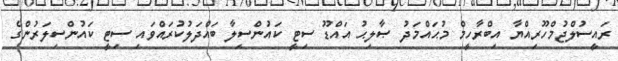
ރައީސުލްޖުމްހޫރިއްޔާ އިބްރާހީމް މުޙައްމަދު ޞާލިޙު އައްޑޫ ސިޓީ ކައުންސިލާ ބައްދަލުކުރައްވައި ސިޓީ ކައުންސިލަރުންގެ